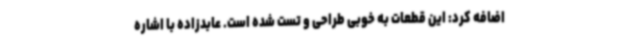
اضافه کرد: این قطعات به خوبی طراحی و تست شده است. عابدزاده با اشاره